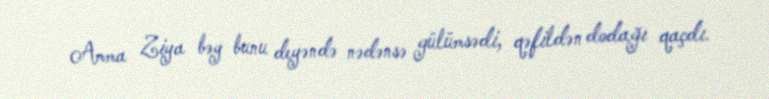
Amma Ziya bəy bunu deyəndə nədənsə gülümsədi, qəfildən dodağı qaçdı.